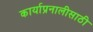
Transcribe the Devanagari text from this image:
कार्याप्रनालीसाठी